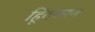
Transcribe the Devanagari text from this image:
हिूंदकरण